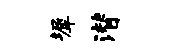
墀潜